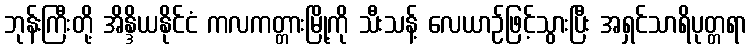
ဘုန်းကြီးတို့ အိန္ဒိယနိုင်ငံ ကလကတ္တားမြို့ကို သီးသန့် လေယာဉ်ဖြင့်သွားပြီး အရှင်သာရိပုတ္တရာ